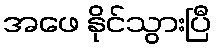
အဖေ နိုင်သွားပြီ